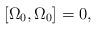
LaTeX: \begin{align*}\left[ \Omega _0,\Omega _0\right] =0,\end{align*}